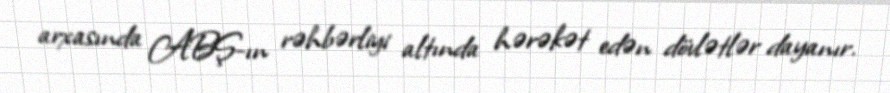
arxasında ABŞ-ın rəhbərliyi altında hərəkət edən dövlətlər dayanır.